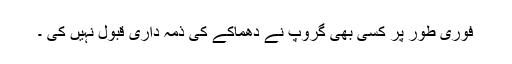
فوری طور پر کسی بھی گروپ نے دھماکے کی ذمہ داری قبول نہیں کی ۔